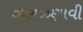
ઝણઝણાવી